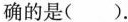
确的是( ).